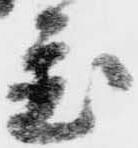
置